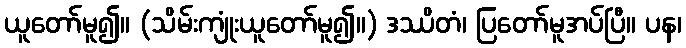
ယူတော်မူ၍။ (သိမ်းကျုံးယူတော်မူ၍။) ဒဿိတံ၊ ပြတော်မူအပ်ပြီ။ ပန၊